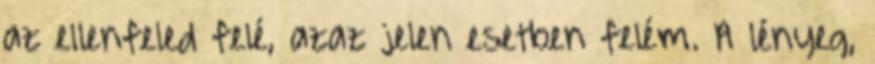
az ellenfeled felé, azaz jelen esetben felém. A lényeg,